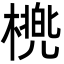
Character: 橷